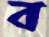
ব